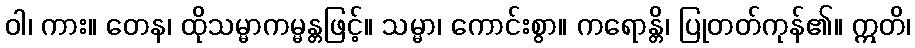
ဝါ၊ ကား။ တေန၊ ထိုသမ္မာကမ္မန္တဖြင့်။ သမ္မာ၊ ကောင်းစွာ။ ကရောန္တိ၊ ပြုတတ်ကုန်၏။ ဣတိ၊